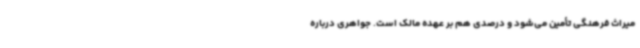
میراث فرهنگی تأمین می‌شود و درصدی هم بر عهده مالک است. جواهری درباره